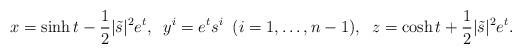
LaTeX: \begin{align*} x = \sinh t -\frac12 |\tilde s|^{2} e^t, \;\; y^i = e^{t} s^i \;\;(i=1, \dots, n-1), \;\; z = \cosh t + \frac12 |\tilde s|^2 e^t.\end{align*}